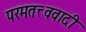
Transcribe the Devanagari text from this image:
परमतत्त्ववादी